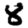
Digit: 8